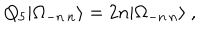
Q _ { 5 } | \Omega _ { - n \, n } \rangle = 2 n | \Omega _ { - n \, n } \rangle \ ,